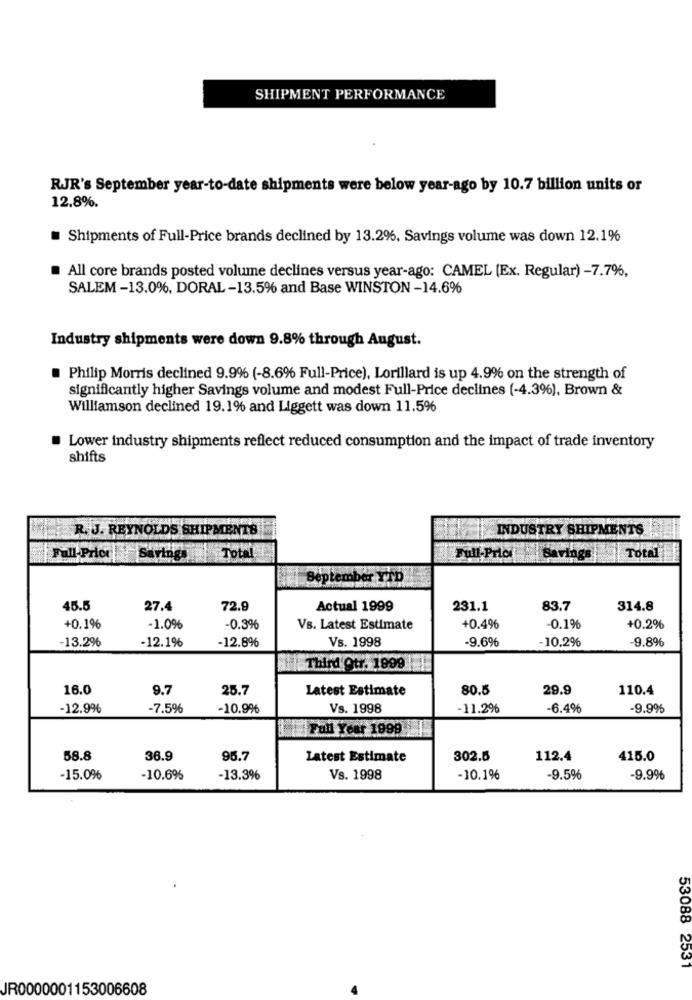
SHIPMENT PERFORMANCE
RJR's September year-to-date shipments were below year-ago by 10.7 billion units or
12.8%.
Shipments of Full-Price brands declined by 13.2%, Savings volume was down 12.1%
All core brands posted volume declines versus year-ago: CAMEL (Ex. Regular) -7.7%,
SALEM-13.0%, DORAL-13.5% and Base WINSTON -14.6%
Industry shipments were down 9.8% through August.
Philip Morris declined 9.9% (-8.6% Full-Price), Lorillard is up 4.9% on the strength of
significantly higher Savings volume and modest Full-Price declines (-4.3%), Brown &
Williamson declined 19.1% and Liggett was down 11.5%
Lower industry shipments reflect reduced consumption and the impact of trade inventory
shifts
R. J. REYNOLDS SHIPMENTS
INDUSTRY SHIPMENTS
Total
Fall-Price Savings
Total
Full-Prici
Savings
45.5
27.4
72.9
Actual 1999
231.1
83.7
314.8
+0.1%
-1.0%
-0.3%
Vs. Latest Estimate
+0.496
-0.1%
+0.2%
-13.2%
-12.8%
Vs. 1998
-9.6%
-10.2%
-9.896
-12.1%
Third Otr. 1999 |
16.0
9.7
25.7
Latest Estimate
80.5
29.9
110.4
-12.9%
-7.5%
-10.9%
Vs. 1998
-11.2%
-6.4%
-9.9%
Full Year 1999
58.8
36.9
95.7
Latest Estimate
302.6
112.4
415.0
-15.0%
-10.6%
-13.3%
Vs. 1998
-10.1%
-9.5%
-9.99%
53088 2531
JR0000001153006608